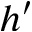
h ^ { \prime }